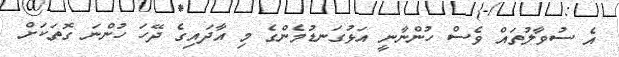
އެ ސުވާލުތައް ވެސް ހުންނާނީ އަޅުގަނޑުމެންގެ މި އާދައިގެ ދޭހަ ހުންނަ ގޮތަކަށް